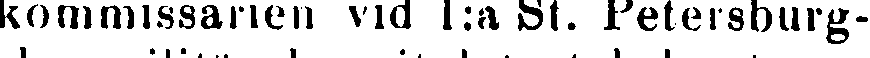
kommissarien vid 1:a St. Petersburg-